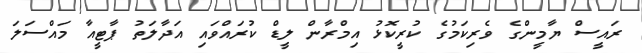
ރައީސް ޔާމީންގެ ވެރިކަމުގެ ކުރީކޮޅު އިމްރާން ލީޑް ކުރައްވައި އަދާލަތު ޕާޓީއާ މައްސަލަ